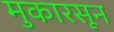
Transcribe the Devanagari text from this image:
मुकारसून